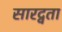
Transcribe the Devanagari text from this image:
सारद्वता